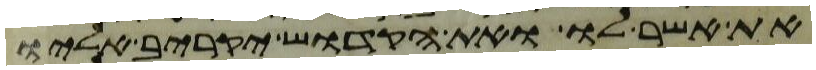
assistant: את אשר לו ואת הקדוש יקריב אליו